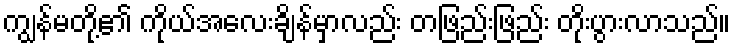
ကျွန်မတို့၏ ကိုယ်အလေးချိန်မှာလည်း တဖြည်းဖြည်း တိုးပွားလာသည်။